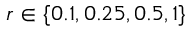
r \in \{ 0 . 1 , 0 . 2 5 , 0 . 5 , 1 \}